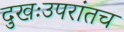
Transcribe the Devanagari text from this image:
दुखःउपरांतच